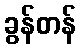
ခွန်တန်